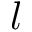
l